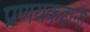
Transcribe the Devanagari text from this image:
प्रणयकहानी